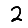
Digit: 2